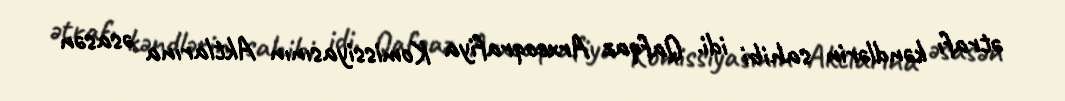
ətrafı kəndlərin sahibi idi. Qafqaz Arxeoqrafiya Komissiyasının Aktlarına əsasən